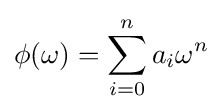
\phi (\omega )=\sum _{i=0}^{n}a_{i}\omega ^{n}